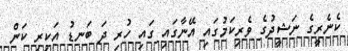
ކެނެރީގެ ނަޝީދުގެ ވެރިކަމުގައި އޭނާގައި ގައި ހުރި ދަ ބަނޑު އަކިރި ކަން